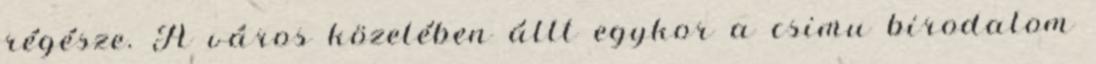
régésze. A város közelében állt egykor a csimu birodalom